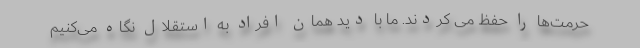
حرمت‌ها را حفظ می کردند. ما با دید همان افراد به استقلال نگاه می‌کنیم